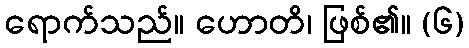
ရောက်သည်။ ဟောတိ၊ ဖြစ်၏။ (၆)